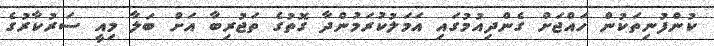
ކުންފުނިތަކުން ހައްޖަށް ގެންދިއުމުގައި އަމަލުކުރަމުންދާ ގޮތުގެ ތަޖުރިބާ އަށް ބަލާ މިއީ ސަރުކާރުގެ